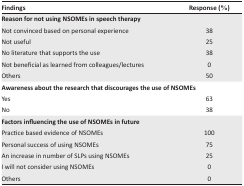
<table><thead><tr><td><b>Findings</b></td><td><b>Response (%)</b></td></tr></thead><tbody><tr><td colspan="2"><b>Reason for not using NSOMEs in speech therapy</b></td></tr><tr><td>Not convinced based on personal experience</td><td>38</td></tr><tr><td>Not useful</td><td>25</td></tr><tr><td>No literature that supports the use</td><td>38</td></tr><tr><td>Not beneficial as learned from colleagues/lectures</td><td>0</td></tr><tr><td>Others</td><td>50</td></tr><tr><td colspan="2"><b>Awareness about the research that discourages the use of NSOMEs</b></td></tr><tr><td>Yes</td><td>63</td></tr><tr><td>No</td><td>38</td></tr><tr><td colspan="2"><b>Factors influencing the use of NSOMEs in future</b></td></tr><tr><td>Practice based evidence of NSOMEs</td><td>100</td></tr><tr><td>Personal success of using NSOMEs</td><td>75</td></tr><tr><td>An increase in number of SLPs using NSOMEs</td><td>25</td></tr><tr><td>I will not consider using NSOMEs</td><td>0</td></tr><tr><td>Others</td><td>0</td></tr></tbody></table>